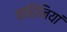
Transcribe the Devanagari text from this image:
वाहिनियां